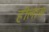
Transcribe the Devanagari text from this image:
हीलास